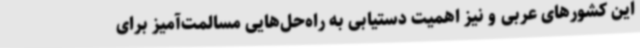
این کشورهای عربی و نیز اهمیت دستیابی به راه‌حل‌هایی مسالمت‌آمیز برای